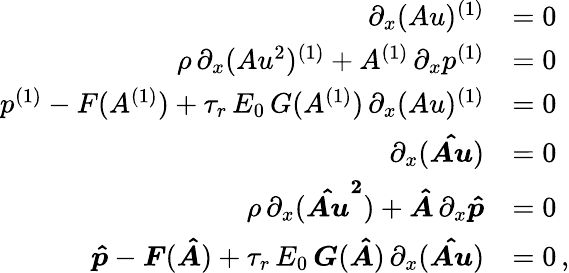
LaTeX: \begin{array}{rl}{\partial_{x}(Au)^{(1)}}&{=0}\\ {\rho\, \partial_{x}(Au^{2})^{(1)}+A^{(1)}\, \partial_{x}p^{(1)}}&{=0}\\ {p^{(1)}-F(A^{(1)})+\tau_{r}\, E_{0}\, G(A^{(1)})\, \partial_{x}(Au)^{(1)}}&{=0}\\ {\partial_{x}(\boldsymbol{\hat{Au}})}&{=0}\\ {\rho\, \partial_{x}(\boldsymbol{\hat{Au}^{2}})+\boldsymbol{\hat{A}}\, \partial_{x}\boldsymbol{\hat{p}}}&{=0}\\ {\boldsymbol{\hat{p}}-\boldsymbol{F}(\boldsymbol{\hat{A}})+\tau_{r}\, E_{0}\, \boldsymbol{G}(\boldsymbol{\hat{A}})\, \partial_{x}(\boldsymbol{\hat{Au}})}&{=0\, ,}\end{array}